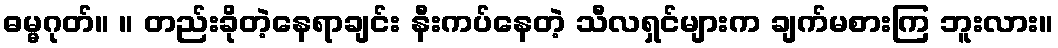
ဓမ္မဂုတ်။ ။ တည်းခိုတဲ့နေရာချင်း နီးကပ်နေတဲ့ သီလရှင်များက ချက်မစားကြ ဘူးလား။